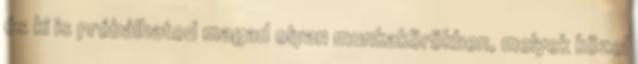
és ki is próbálhatod magad olyan munkakörökben, melyek közel